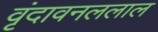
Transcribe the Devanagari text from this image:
वृंदावनललाल